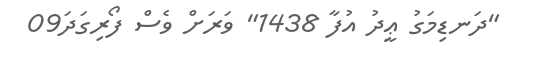
"ދަނޑިމަގު ޢީދު އުފާ 1438" ވަރަށް ވެސް ފޯރިގަދަ09